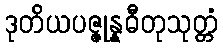
ဒုတိယပဇ္ဇုန္နဓီတုသုတ္တံ